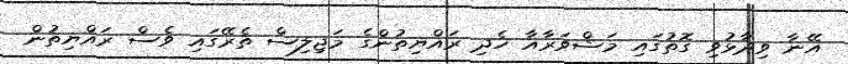
އޭނާ ވިދާޅުވި ގޮތުގައި މަޝްވަރާއާ ހެދި ރައްޔިތުންގެ މަޖިލިސް ތެރޭގައި ވެސް ރައްޔިތުން